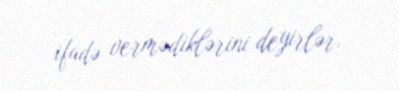
ifadə vermədiklərini deyirlər.